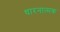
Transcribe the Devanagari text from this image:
धारनात्मक